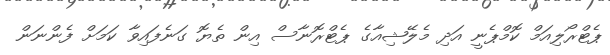
ޕެޓްރޯލިއަމް ކޮމްޕެނީ އަދި މެލޭޝިއާގެ ޕެޓްރޮނާސް އިން ތެޔޮ ގަނެފައިވާ ކަމަށް ފެންނަން